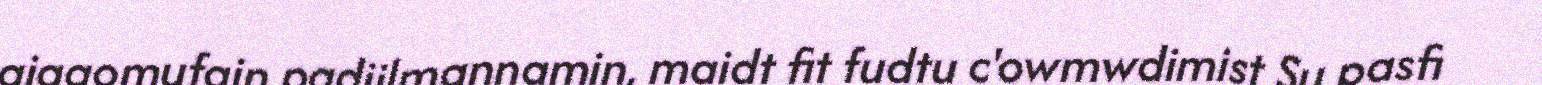
aiggomufain padjilmannamin, maidt fit fudtu c'owmwdimist Su pasfi